Vaccination North-Western Provinces 1866-1877 - 1866-1877
Year: 1866
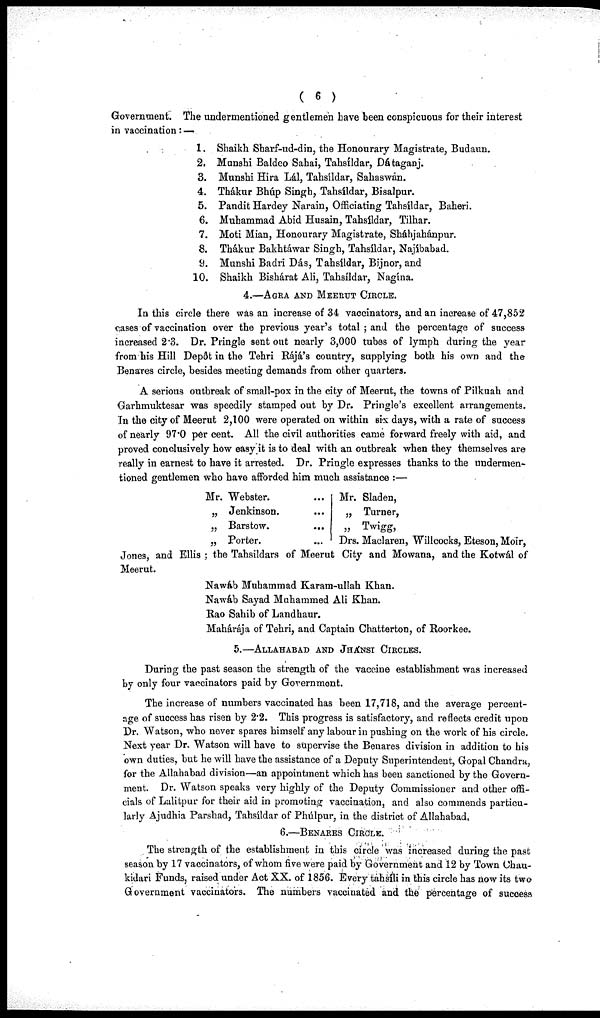
( 6 )
Government. The undermentioned gentlemen have been conspicuous for their interest
in vaccination: —
1. Shaikh Sharf-ud-din, the Honourary Magistrate, Budaun.
2. Munshi Baldeo Sahai, Tahsíldar, Dátaganj.
3. Munshi Hira Lál, Tahsíldar, Sahaswán.
4. Thákur Bhúp Singh, Tahsíldar, Bisalpur.
5. Pandit Hardey Narain, Officiating Tahsíldar, Baheri.
6. Muhammad Abid Husain, Tahsíldar, Tilhar.
7. Moti Mian, Honourary Magistrate, Sháhjahánpur.
8. Thákur Bakhtáwar Singh, Tahsíldar, Najíbabad.
9. Munshi Badri Dás, Tahsíldar, Bijnor, and
10. Shaikh Bishárat Ali, Tahsíldar, Nagína.
4.—AGRA AND MEERUT CIRCLE.
In this circle there was an increase of 34 vaccinators, and an increase of 47,852
cases of vaccination over the previous year's total ; and the percentage of success
increased 2.3. Dr. Pringle sent out nearly 3,000 tubes of lymph during the year
from his Hill Depôt in the Tehri Rájá's country, supplying both his own and the
Benares circle, besides meeting demands from other quarters.
A serious outbreak of small-pox in the city of Meerut, the towns of Pilkuah and
Garhmuktesar was speedily stamped out by Dr. Pringle's excellent arrangements.
In the city of Meerut 2,100 were operated on within six days, with a rate of success
of nearly 97.0 per cent. All the civil authorities came forward freely with aid, and
proved conclusively how easy it is to deal with an outbreak when they themselves are
really in earnest to have it arrested. Dr. Pringle expresses thanks to the undermen-
tioned gentlemen who have afforded him much assistance :—
Mr. Webster.
„ Jenkinson.
„ Barstow.
„ Porter.
...
...
...
...
Mr. Sladen,
„ Turner,
„ Twigg,
Drs. Maclaren, Willcocks, Eteson, Moir,
Jones, and Ellis ; the Tahsildars of Meerut City and Mowana, and the Kotwál of
Meerut.
Nawáb Muhammad Karam-ullah Khan.
Nawáb Sayad Muhammed Ali Khan.
Rao Sahib of Landhaur.
Mahárája of Tehri, and Captain Chatterton, of Roorkee.
5.—ALLAHABAD AND JHÁNSI CIRCLES.
During the past season the strength of the vaccine establishment was increased
by only four vaccinators paid by Government.
The increase of numbers vaccinated has been 17,718, and the average percent-
age of success has risen by 2.2. This progress is satisfactory, and reflects credit upon
Dr. Watson, who never spares himself any labour in pushing on the work of his circle.
Next year Dr. Watson will have to supervise the Benares division in addition to his
own duties, but he will have the assistance of a Deputy Superintendent, Gopal Chandra,
for the Allahabad division—an appointment which has been sanctioned by the Govern-
ment. Dr. Watson speaks very highly of the Deputy Commissioner and other offi-
cials of Lalitpur for their aid in promoting vaccination, and also commends particu-
larly Ajudhia Parshad, Tahsíldar of Phúlpur, in the district of Allahabad.
6.—BENARES CIRCLE.
The strength of the establishment in this circle was increased during the past
season by 17 vaccinators, of whom five were paid by Government and 12 by Town Chau-
kidari Funds, raised under Act XX. of 1856. Every tahsili in this circle has now its two
Government vaccinators. The numbers vaccinated and the percentage of success